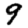
Digit: 9